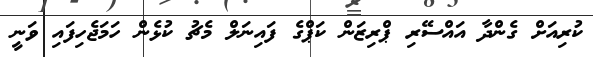
ކުރިއަށް ގެންދާ އައްސޭރި ޕްރިޒަން ކަޕްގެ ފައިނަލް މެޗު ކުޅެން ހަމަޖެހިފައި ވަނީ